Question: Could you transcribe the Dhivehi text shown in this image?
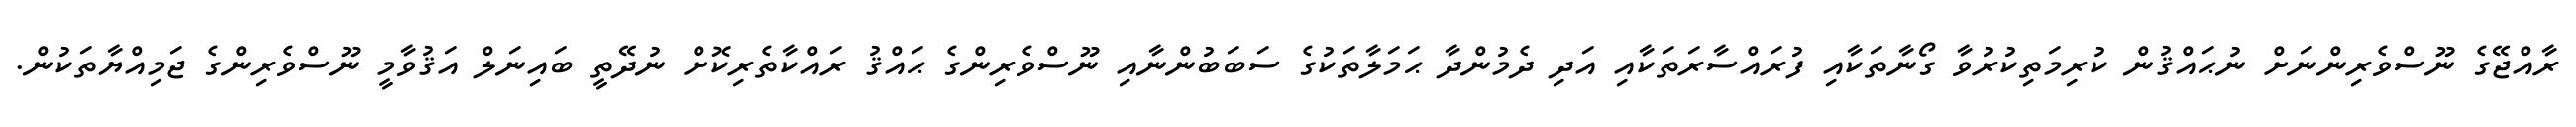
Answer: ރާއްޖޭގެ ނޫސްވެރިންނަށް ނުޙައްޤުން ކުރިމަތިކުރުވާ ގޯނާތަކާއި ފުރައްސާރަތަކާއި އަދި ދެމުންދާ ޙަމަލާތަކުގެ ސަބަބުންނާއި ނޫސްވެރިންގެ ޙައްޤު ރައްކާތެރިކޮށް ނުދޭތީ ބައިނަލް އަޤުވާމީ ނޫސްވެރިންގެ ޖަމިއްޔާތަކުން.